Annual administration and progress report of the Indian Medical Department, Bombay
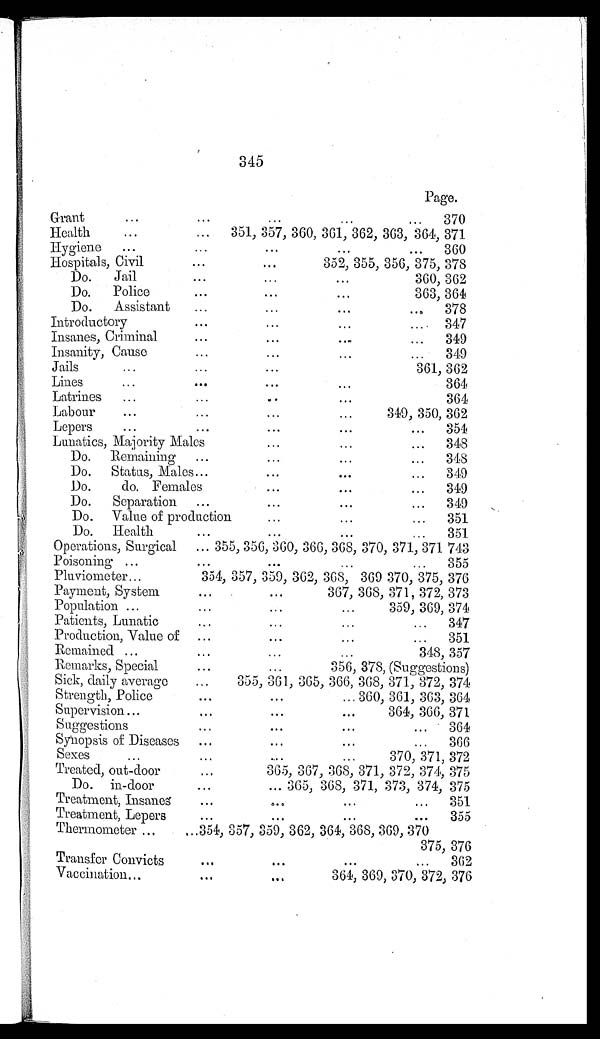
345
Page.
Grant . . .
370
Health . . .
351, 357, 360, 361, 362, 363, 364, 371
Hygiene . . .
360
Hospitals, Civil . . .
352, 355, 356, 375, 378
Do. Jail . . .
360, 362
Do. Police . . .
363, 364
Do. Assistant . . .
378
Introductory . . .
347
Insanes, Criminal . . .
349
Insanity, Cause . . .
349
Jails . . .
361, 362
Lines . . .
364
Latrines . . .
364
Labour . . .
349, 350, 362
Lepers . . .
354
Lunatics, Majority Male . . .
348
Do. Remaining . . .
348
Do. Status, Males . . .
349
Do. do. Female . . .
349
Do. Separation . . .
349
Do. Value of production . . .
351
Do. Health . . .
351
Operations, Surgical . . .
355, 356, 360, 366, 368, 370, 371, 371 743
Poisoning . . .
355
Pluviometer . . .
354, 357, 359, 362, 368, 369 370, 375, 376
Payment, System . . .
367, 368, 371, 372, 373
Population . . .
359, 369, 374
Patients, Lunatic . . .
347
Production, Value of . . .
351
Remained . . .
3 4 8 , 3 5 7
Remarks, Special . . .
356, 378, (Suggestions)
Sick, daily average . . .
355, 361, 365, 366, 368, 371, 372, 374
Strength, Police . . .
360, 361, 363, 364
Supervision . . .
364, 366, 371
Suggestions . . .
364
Synopsis of Diseases . . .
366
Sexes . . .
370, 371, 372
Treated, out-door . . .
365, 367, 368, 371, 372, 374, 375
Do. in-door . . .
365, 368, 371, 373, 374, 375
Treatment, Insanes . . .
3 5 1
Treatment, Lepers . . .
355
Thermometer . . .
3 5 4 , 3 5 7 , 3 5 9 , 3 6 2 , 3 6 4 , 3 6 8 , 3 6 9 , 3 7 0
375, 376
Transfer Convicts . . .
362
Vaccination . . .
364, 369, 370, 372, 376